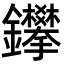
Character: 鑻